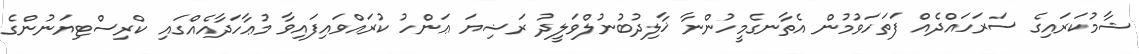
ޝާމުކަރައިގެ ސަރަހައްދެއް ފަތަހަވުމުން އެތާނގެމީހުންނާ ޚާލިދުބުނުލްވަލީދު ރަޟިޔަ ޢަންހު ކުރައްވައިފައިވާ މުޢާހަދާއެއްގައި ކްރިސްޓިޔަނުންގެ